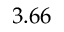
3 . 6 6